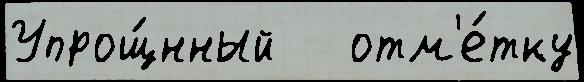
Упрощ́нный   отм'е́тку